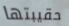
حقيبتها